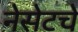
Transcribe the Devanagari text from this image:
नेसेटचे